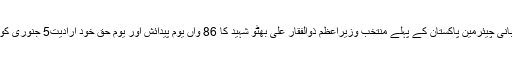
یکم جنوری 2014ء) پاکستان پیپلز پارٹی کے بانی چیئرمین پاکستان کے پہلے منتخب وزیراعظم ذوالفقار علی بھٹو شہید کا 86 واں یوم پیدائش اور یوم حق خود ارادیت5 جنوری کو انتہائی عقیدت واحترام کے ساتھ منایا جائے گا۔